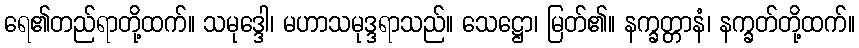
ရေ၏တည်ရာတို့ထက်။ သမုဒ္ဒေါ၊ မဟာသမုဒ္ဒရာသည်။ သေဋ္ဌော၊ မြတ်၏။ နက္ခတ္တာနံ၊ နက္ခတ်တို့ထက်။